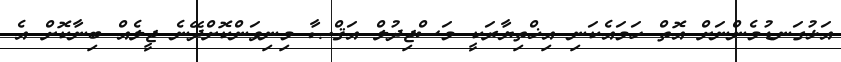
އަޅުގަނޑުމެންނަށް އޮތް ހަމައެކަނި އިޚްތިޔާރަކީ މަސްޖިދުލް އަޤްޞާ މިނިވަންކޮށްދޭނެ ޖީލެއް ބިނާކޮށް އެ